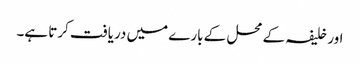
اور خلیفہ کے محل کے بارے میں دریافت کرتا ہے۔